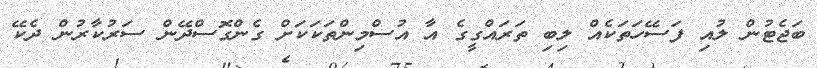
ބަޖެޓުން ލުއި ފަސޭހަތަކެއް ލިބި ތަރައްގީގެ އާ އުސްމިންތަކަކަށް ގެންގޮސްދޭން ސަރުކާރުން ދެކޭ